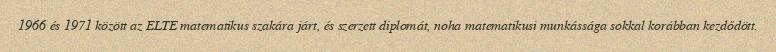
1966 és 1971 között az ELTE matematikus szakára járt, és szerzett diplomát, noha matematikusi munkássága sokkal korábban kezdődött.